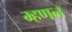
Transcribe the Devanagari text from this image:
म्‍हणल